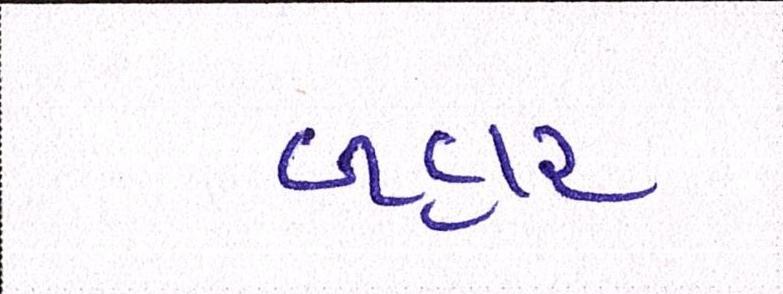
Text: બહાર